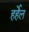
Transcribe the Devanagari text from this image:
हर्हेल